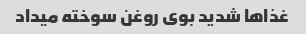
غذاها شدید بوی روغن سوخته میداد